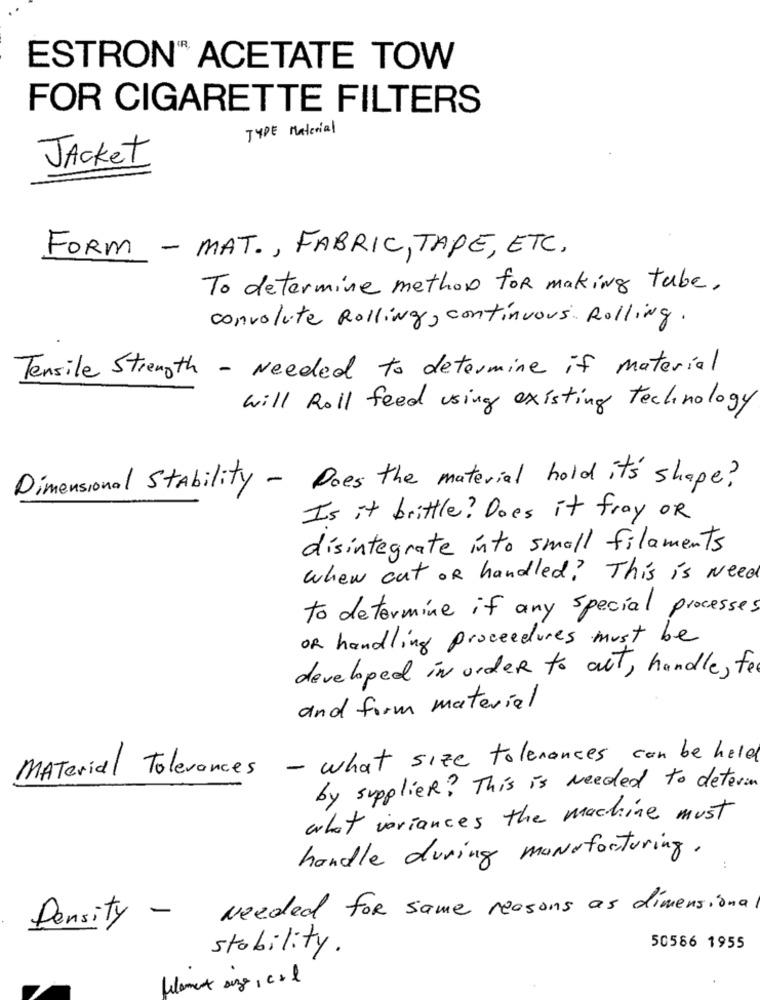
ESTRON® ACETATE TOW
FOR CIGARETTE FILTERS
TYPE Material
Jacket
FORM - MAT ., FABRIC, TAPE, ETC.
To determine method for making tube.
convolute Rolling, continuous Rolling.
Tensile Strength - Needed to determine if material
will Roll feed using existing technology
Dimensional Stability - Does the material hold it's shape?
Is it brittle? Does it fray OR
disintegrate into small filaments
when cut OR handled? This is Need
to determine if any special processes
OR handling proceedures must be
developed in order to aut, handle , fee
and form material
Material Tolerances - what size tolerances can be held
by supplier? This is Needed to determ
what variances the machine must
handle during manufacturing .
Needed for same reasons as dimensiona
Density-
stability .
50566 1955
filament sezz, cal